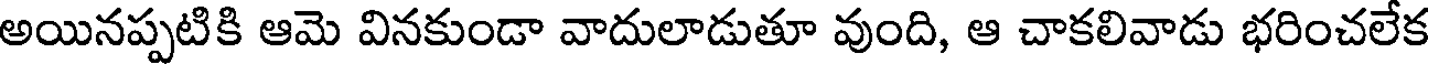
అయినప్పటికి ఆమె వినకుండా వాదులాడుతూ వుంది, ఆ చాకలివాడు భరించలేక